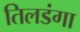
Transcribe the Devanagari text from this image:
तिलडंगा